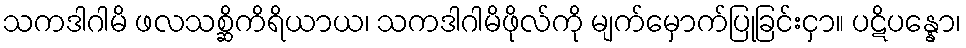
သကဒါဂါမိ ဖလသစ္ဆိကိရိယာယ၊ သကဒါဂါမိဖိုလ်ကို မျက်မှောက်ပြုခြင်းငှာ။ ပဋိပန္နော၊